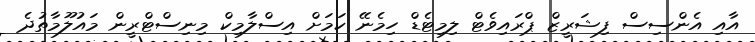
އާއި އެންސިސް ފިޝަރީޒް ޕްރައިވެޓް ލިމިޓެޑް ހިމެނޭ ކަމަށް އިސްލާމިކް މިނިސްޓްރީން މައުލޫމާތުދެ